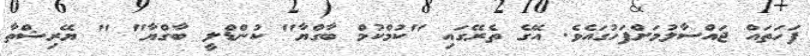
ފަހަތައް ޖައްސާލުމަށްފަހުގައެވެ. އޭގެ ތެރޭގައި "ކުމްކުމް ބާގްޔާ" ކުންޑްލީ ބާގްޔާ" " ޔޭރިޝްތާ